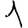
Digit: 1